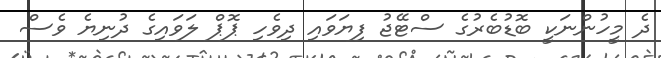
ދެ މީހުންނަކީ ބޮޑުބެރުގެ ސްޓޭޖު ފިޔަވައި ދިވެހި ޕޮޕް ލަވައިގެ ދުނިޔެ ވެސް